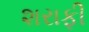
શરાફી